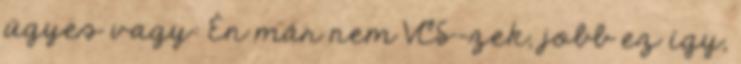
ügyes vagy: Én már nem VCS-zek, jobb ez így,